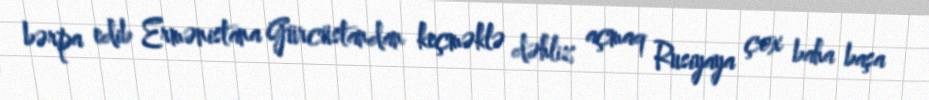
bərpa edib Ermənistana Gürcüstandan keçməklə dəhliz açmaq Rusiyaya çox baha başa